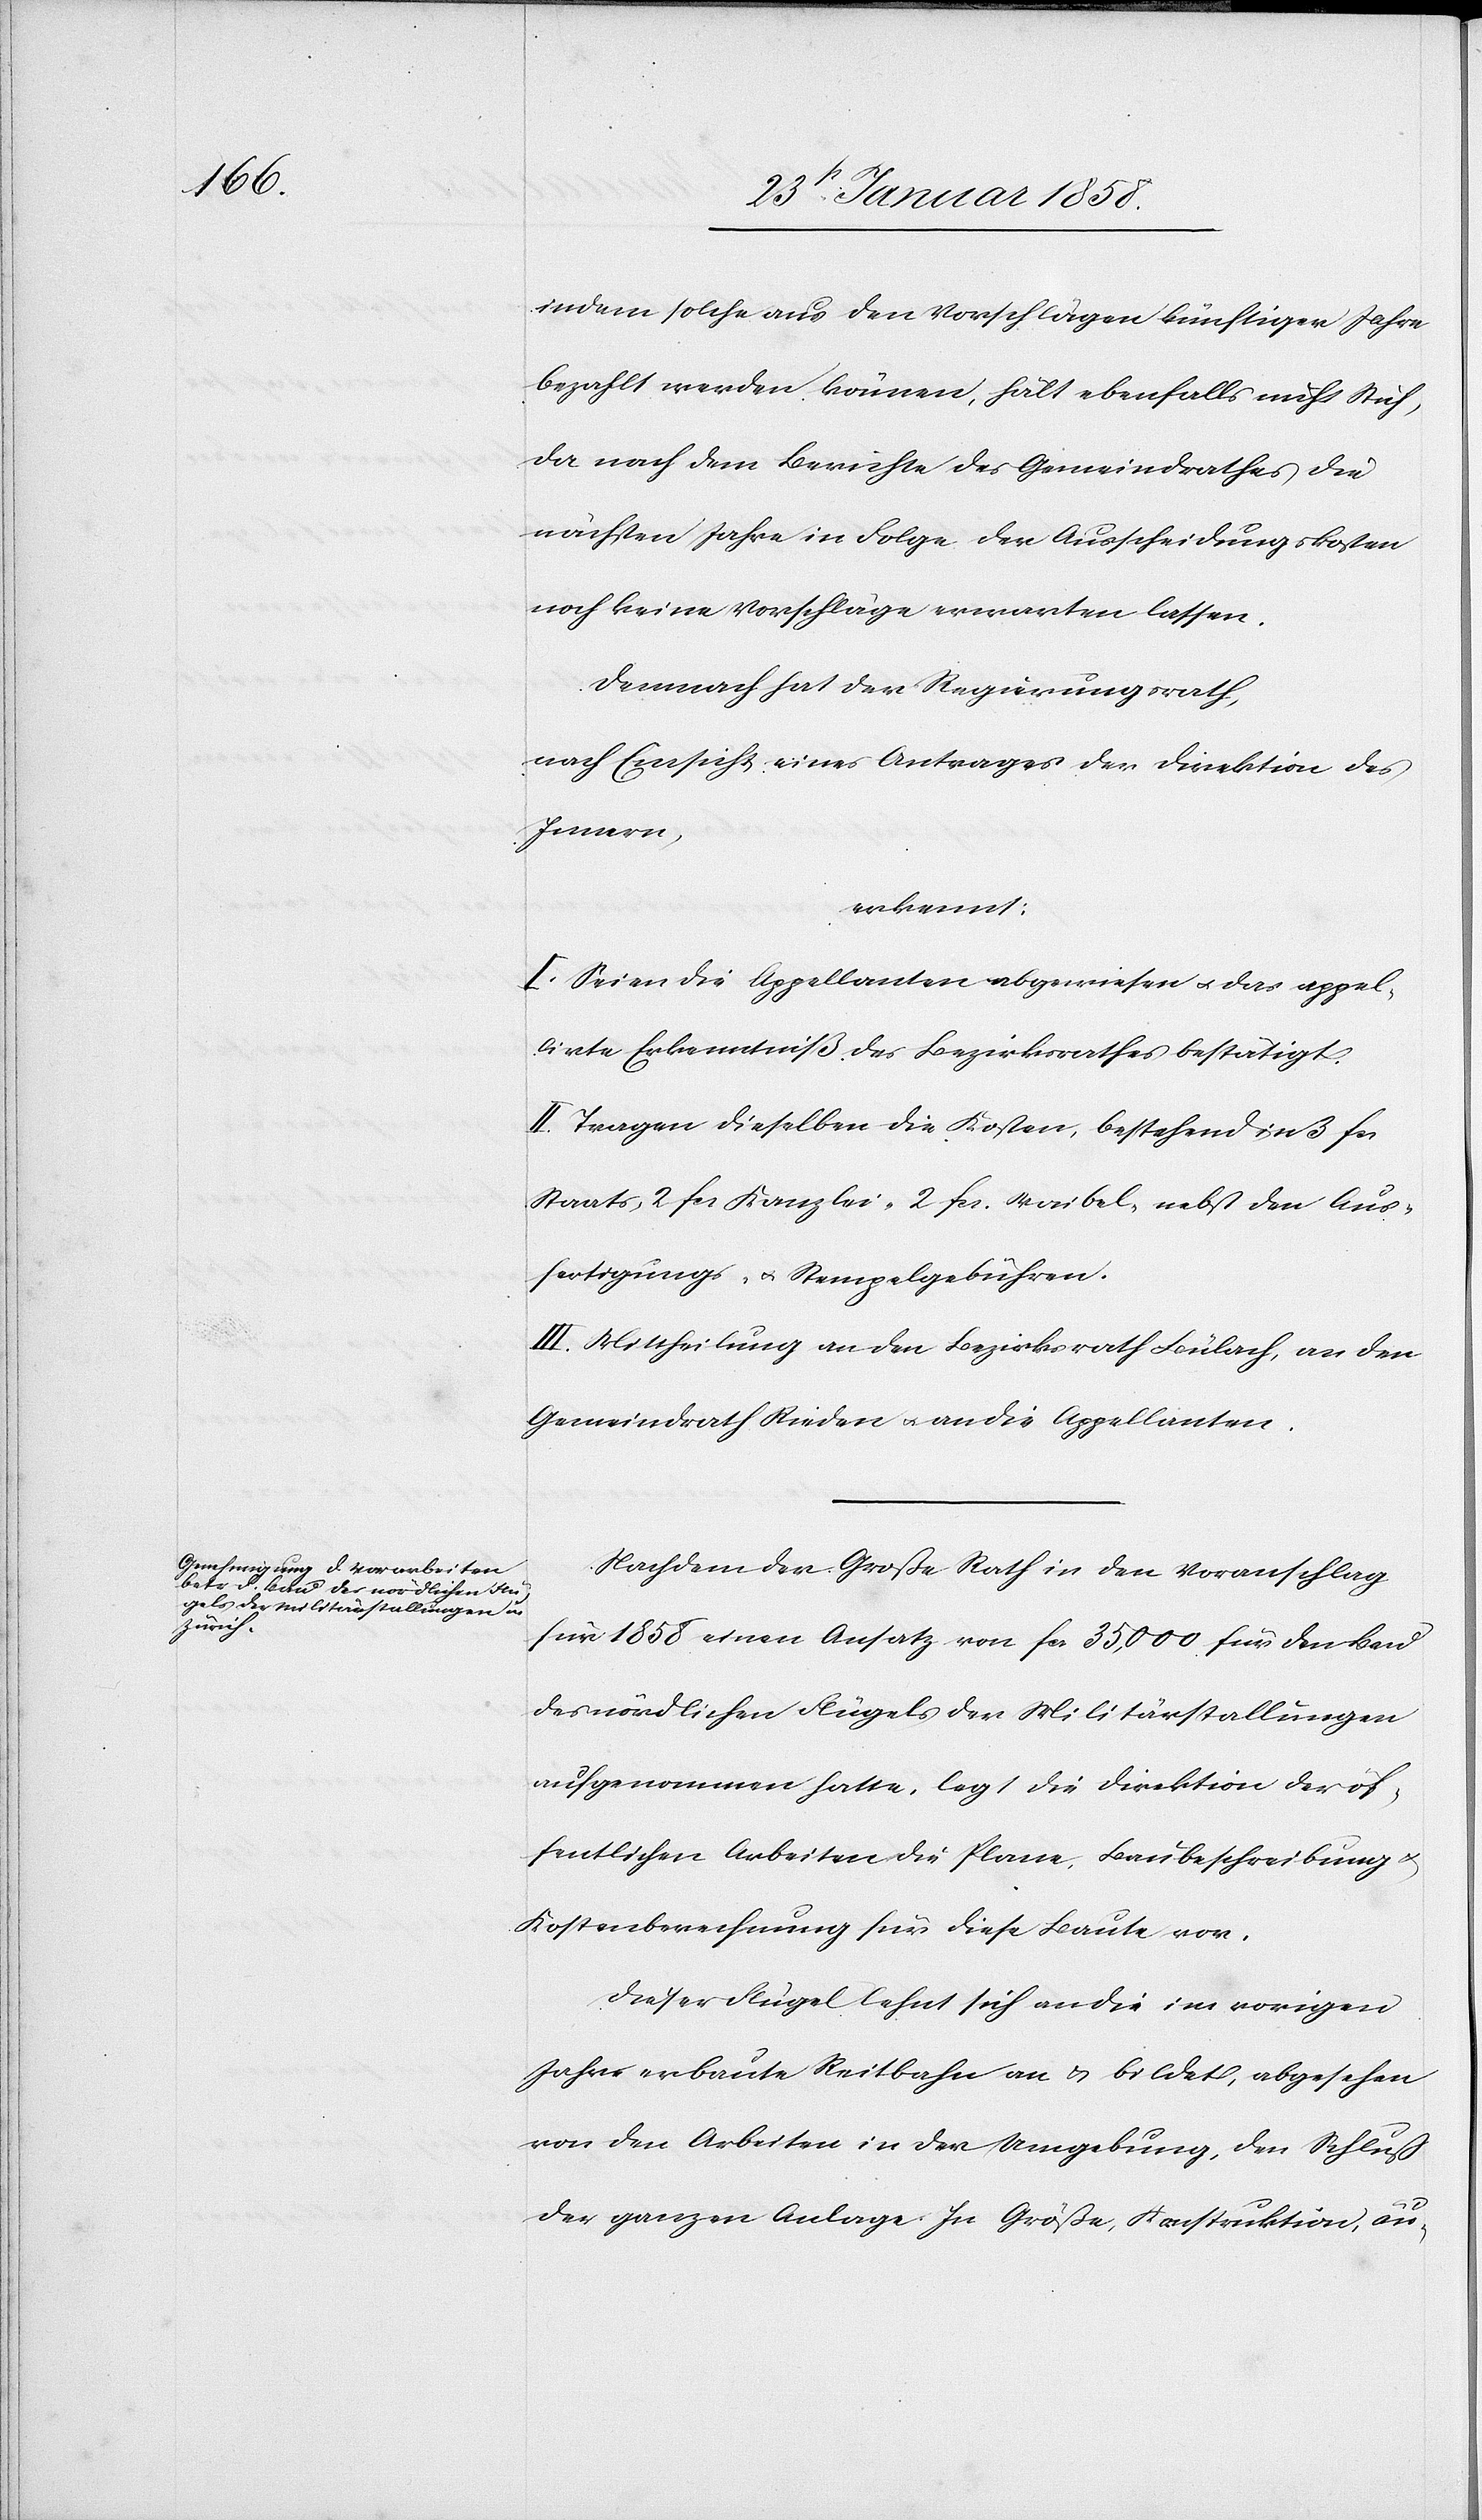
indem solche aus den Vorschlägen künftiger Jahre
bezahlt werden können, hält ebenfalls nicht Stich,
da nach dem Berichte des Gemeindrathes die
nächsten Jahre in Folge der Ausscheidungskosten
noch keine Vorschläge erwarten lassen.
Demnach hat der Regierungsrath,
nach Einsicht eines Antrages der Direktion des
Innern,
erkennt:
I. Seien die Appellanten abgewiesen u. das appel¬
lirte Erkenntniße des Bezirksrathes bestätigt.
II. Tragen dieselben die Kosten, bestehend in 3 fcs
Staats-[,] 2 fcs Kanzlei-[,] 2 fcs. Waibel- nebst den Aus¬
fertigungs- u. Stempelgebühren.
III. Mittheilung an den Bezirksrath Bülach, an den
Gemeindrath Rieden u. an die Appellanten.
Nachdem der Große Rath in den Voranschlag
für 1858 einen Ansatz von fcs. 35,000 für den Bau
des nördlichen Flügels der Militärstallungen
aufgenommen hatte, legt die Direktion der öf¬
fentlichen Arbeiten die Plane, Baubeschreibung
Kostenberechnung für diese Baute vor.
Dieser Flügel lehnt sich an die im vorigen
Jahre erbaute Reitbahn an u. bildet, abgesehen
von den Arbeiten in der Umgebung, den Schluß
der ganzen Anlage. In Größe, Konstruktion, äu-